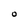
Character: O